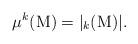
LaTeX: \begin{align*}\mu^k(\mathrm{M})=|_k(\mathrm{M})|.\end{align*}